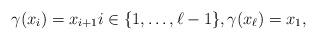
LaTeX: \begin{align*} \gamma(x_i) = x_{i+1} i \in \{1,\ldots, \ell -1\},\gamma(x_{\ell}) = x_1,\end{align*}